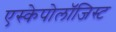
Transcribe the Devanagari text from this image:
एस्केपोलॉजिस्ट